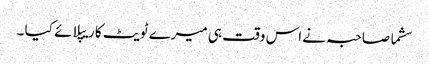
سشما صاحبہ نے اس وقت ہی میرے ٹویٹ کا ریپلائے کیا ۔